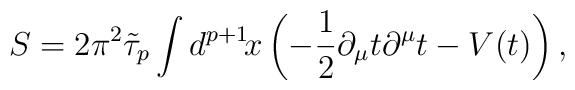
S=2\pi^2\tilde{\tau}_p\int d^{p+1}\!x\left(-\frac{1}{2}\partial_{\mu}t\partial^{\mu}t-V(t)\right),